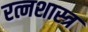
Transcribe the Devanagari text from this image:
रत्नशास्त्र